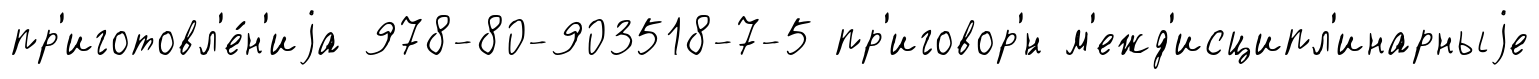
пр'иготовл'е́н'иjа 978-80-903518-7-5 пр'иговор'́н м'ежд'исципл'инарныjе